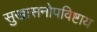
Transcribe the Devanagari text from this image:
सुखासनोपविष्टाय